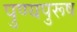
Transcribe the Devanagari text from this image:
पुण्यपुरूष